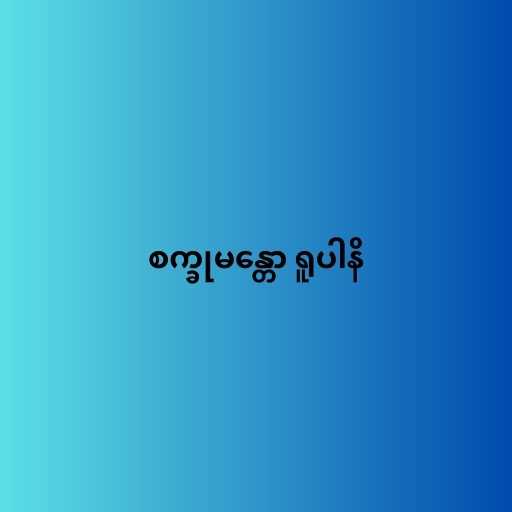
စက္ခုမန္တော ရူပါနိ